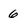
Character: 6